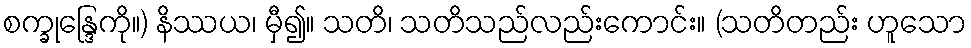
စက္ခုန္ဒြေကို။) နိဿယ၊ မှီ၍။ သတိ၊ သတိသည်လည်းကောင်း။ (သတိတည်း ဟူသော